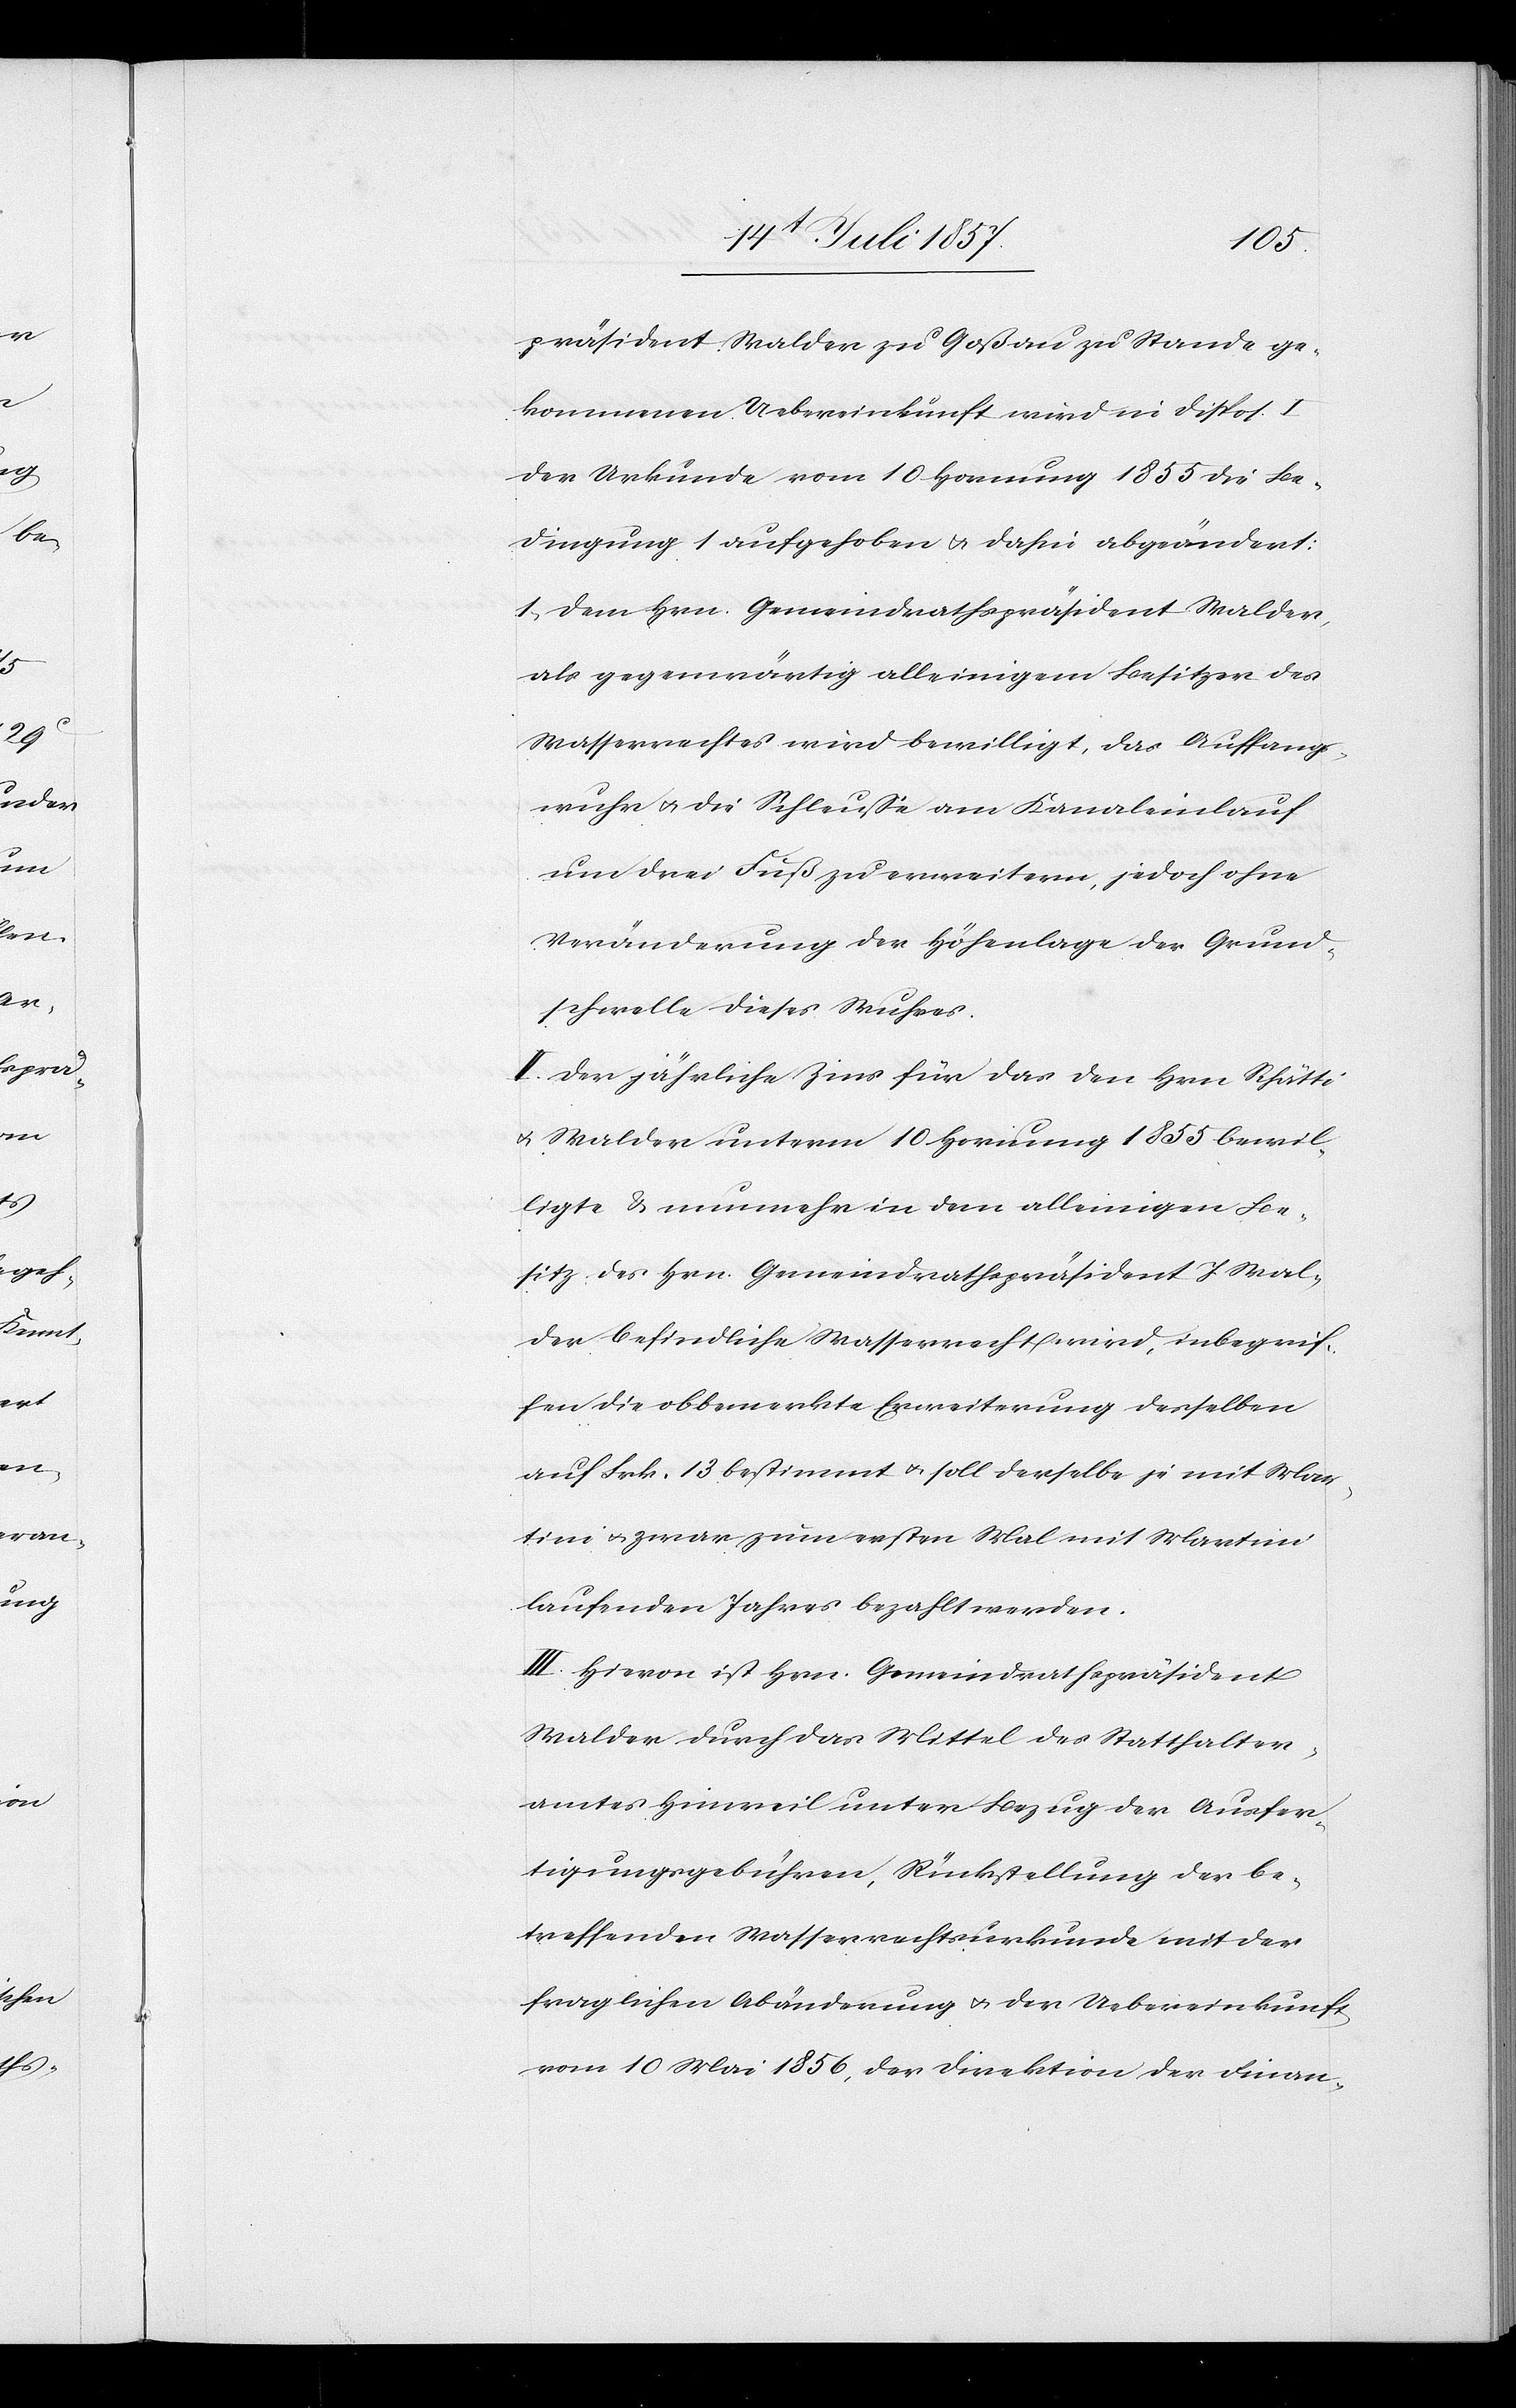
präsident Walder zu Goßau zu Stande ge¬
kommenen Uebereinkunft wird in Disp. I
der Urkunde vom 10 Hornung 1855 die Be¬
dingung 1 aufgehoben & dahin abgeändert:
1. Dem Hrn. Gemeindrathspräsident Walder,
als gegenwärtig alleinigen Besitzer des
Wasserrechtes wird bewilligt, das Auffangs¬
wuhr & die Schleuße am Kanaleinlauf
um drei Fuß zu erweitern, jedoch ohne
Veränderung der Höhenlage der Grund¬
schwelle dieses Wuhres.
II. Der jährliche Zins für das den Hrn Schätti
& Walder unterm 10 Hornung 1855 bewil¬
ligte & nunmehr in dem alleinigen Be¬
sitz des Hrn. Gemeindrathspräsident J. Wal¬
der befindlichen Wasserrecht wird, inbegrif¬
fen die obbemerkte Erweiterung derselben
auf Frk. 13 bestimmt & soll derselbe je mit Mar¬
tini & zwar zum ersten Mal mit Martini
laufenden Jahres bezahlt werden.
III. Hievon ist Hrn. Gemeindrathspräsident
Walder durch das Mittel des Statthalter¬
amtes Hinweil unter Bezug der Ausfer¬
tigungsgebühren, Rückstellung der be¬
treffenden Wasserrechtsurkunde mit der
fraglichen Abänderung & der Uebereinkunft
vom 10 Mai 1856, der Direktion der Finan-